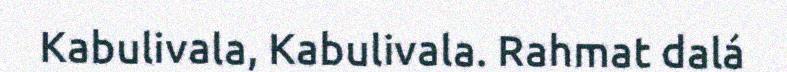
Kabulivala, Kabulivala. Rahmat dalá